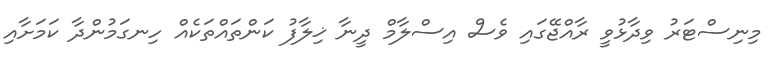
މިނިސްޓަރު ވިދާޅުވީ ރާއްޖޭގައި ވެސް އިސްލާމް ދީނާ ޚިލާފު ކަންތައްތަކެއް ހިނގަމުންދާ ކަމަށާއި